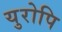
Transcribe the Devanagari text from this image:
युरोपि